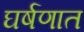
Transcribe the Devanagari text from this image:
घर्षणात